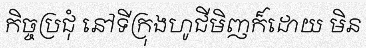
កិច្ចប្រជុំ នៅទីក្រុងហូជីមិញក៏ដោយ មិន